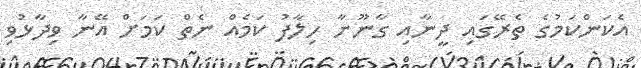
އެކަންކަމުގެ ތެރޭގައި ދީނާއި ގާނޫނާ ހިލާފު ކަމެއް ނެތް ކަމަށް އޭނާ ވިދާޅުވި